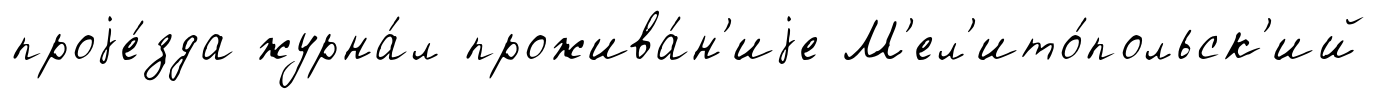
проjе́зда журна́л прожива́н'иjе М'ел'ито́польск'ий